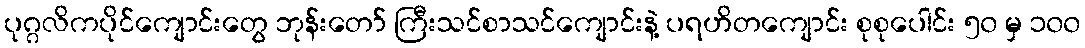
ပုဂ္ဂလိကပိုင်ကျောင်းတွေ ဘုန်းတော် ကြီးသင်စာသင်ကျောင်းနဲ့ ပရဟိတကျောင်း စုစုပေါင်း ၅၀ မှ ၁၀၀